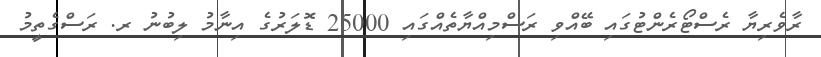
ރާވެރިޔާ ރެސްޓޯރެންޓުގައި ބޭއްވި ރަސްމިއްޔާތެއްގައި 25000 ޑޮލަރުގެ އިނާމު ލިބުނު ރ. ރަސްގެތީމު